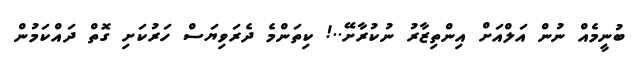
ބުނީމެއް ނުން އަލްއަށް އިންތިޒާރު ނުކުރާށޭ..! ކިތަންމެ ދެރަވިޔަސް ހަރުކަށި ގޮތް ދައްކަމުން